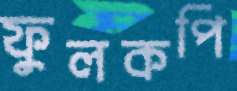
ফুলকপি